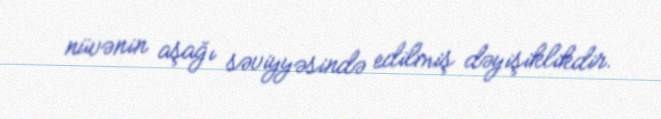
nüvənin aşağı səviyyəsində edilmiş dəyişiklikdir.